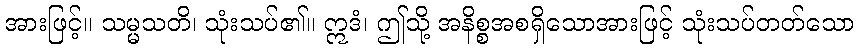
အားဖြင့်။ သမ္မသတိ၊ သုံးသပ်၏။ ဣဒံ၊ ဤသို့ အနိစ္စအစရှိသောအားဖြင့် သုံးသပ်တတ်သော